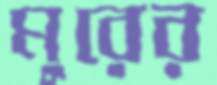
মুরের